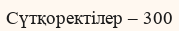
Сүтқоректілер – 300